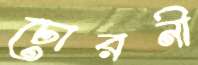
চোরনী